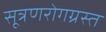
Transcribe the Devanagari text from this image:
सूत्रणरोगग्रस्त